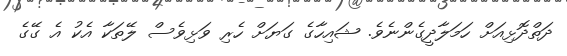
ދަތްދޮޅިއަށް ހަމަލާދީގެންނެވެ. ޝައިހާގެ ގަޔަށް ހެރި ވަޅިވެސް ލޭތަކާ އެކު އެ ގޭގެ